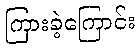
ကြားခဲ့ကြောင်း